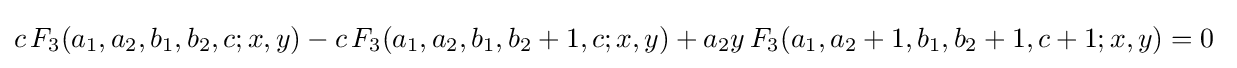
c\,F_{3}(a_{1},a_{2},b_{1},b_{2},c;x,y)-c\,F_{3}(a_{1},a_{2},b_{1},b_{2}+1,c;x,y)+a_{2}y\,F_{3}(a_{1},a_{2}+1,b_{1},b_{2}+1,c+1;x,y)=0~